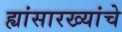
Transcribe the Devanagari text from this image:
ह्यांसारख्यांचे